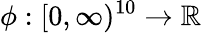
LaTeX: \phi:[0,\infty)^{10}\to{\mathbb R}